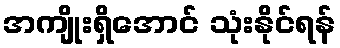
အကျိုးရှိအောင် သုံးနိုင်ရန်